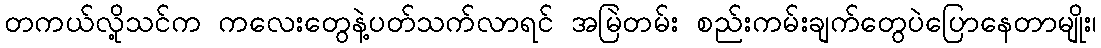
တကယ်လို့သင်က ကလေးတွေနဲ့ပတ်သက်လာရင် အမြဲတမ်း စည်းကမ်းချက်တွေပဲပြောနေတာမျိုး၊